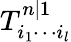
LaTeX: T_{i_{1}\cdots i_{l}}^{n|1}